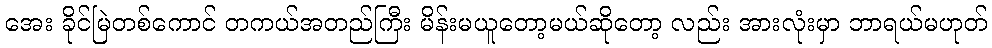
အေး ခိုင်မြဲတစ်ကောင် တကယ်အတည်ကြီး မိန်းမယူတော့မယ်ဆိုတော့ လည်း အားလုံးမှာ ဘာရယ်မဟုတ်